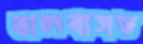
ভালবাসত